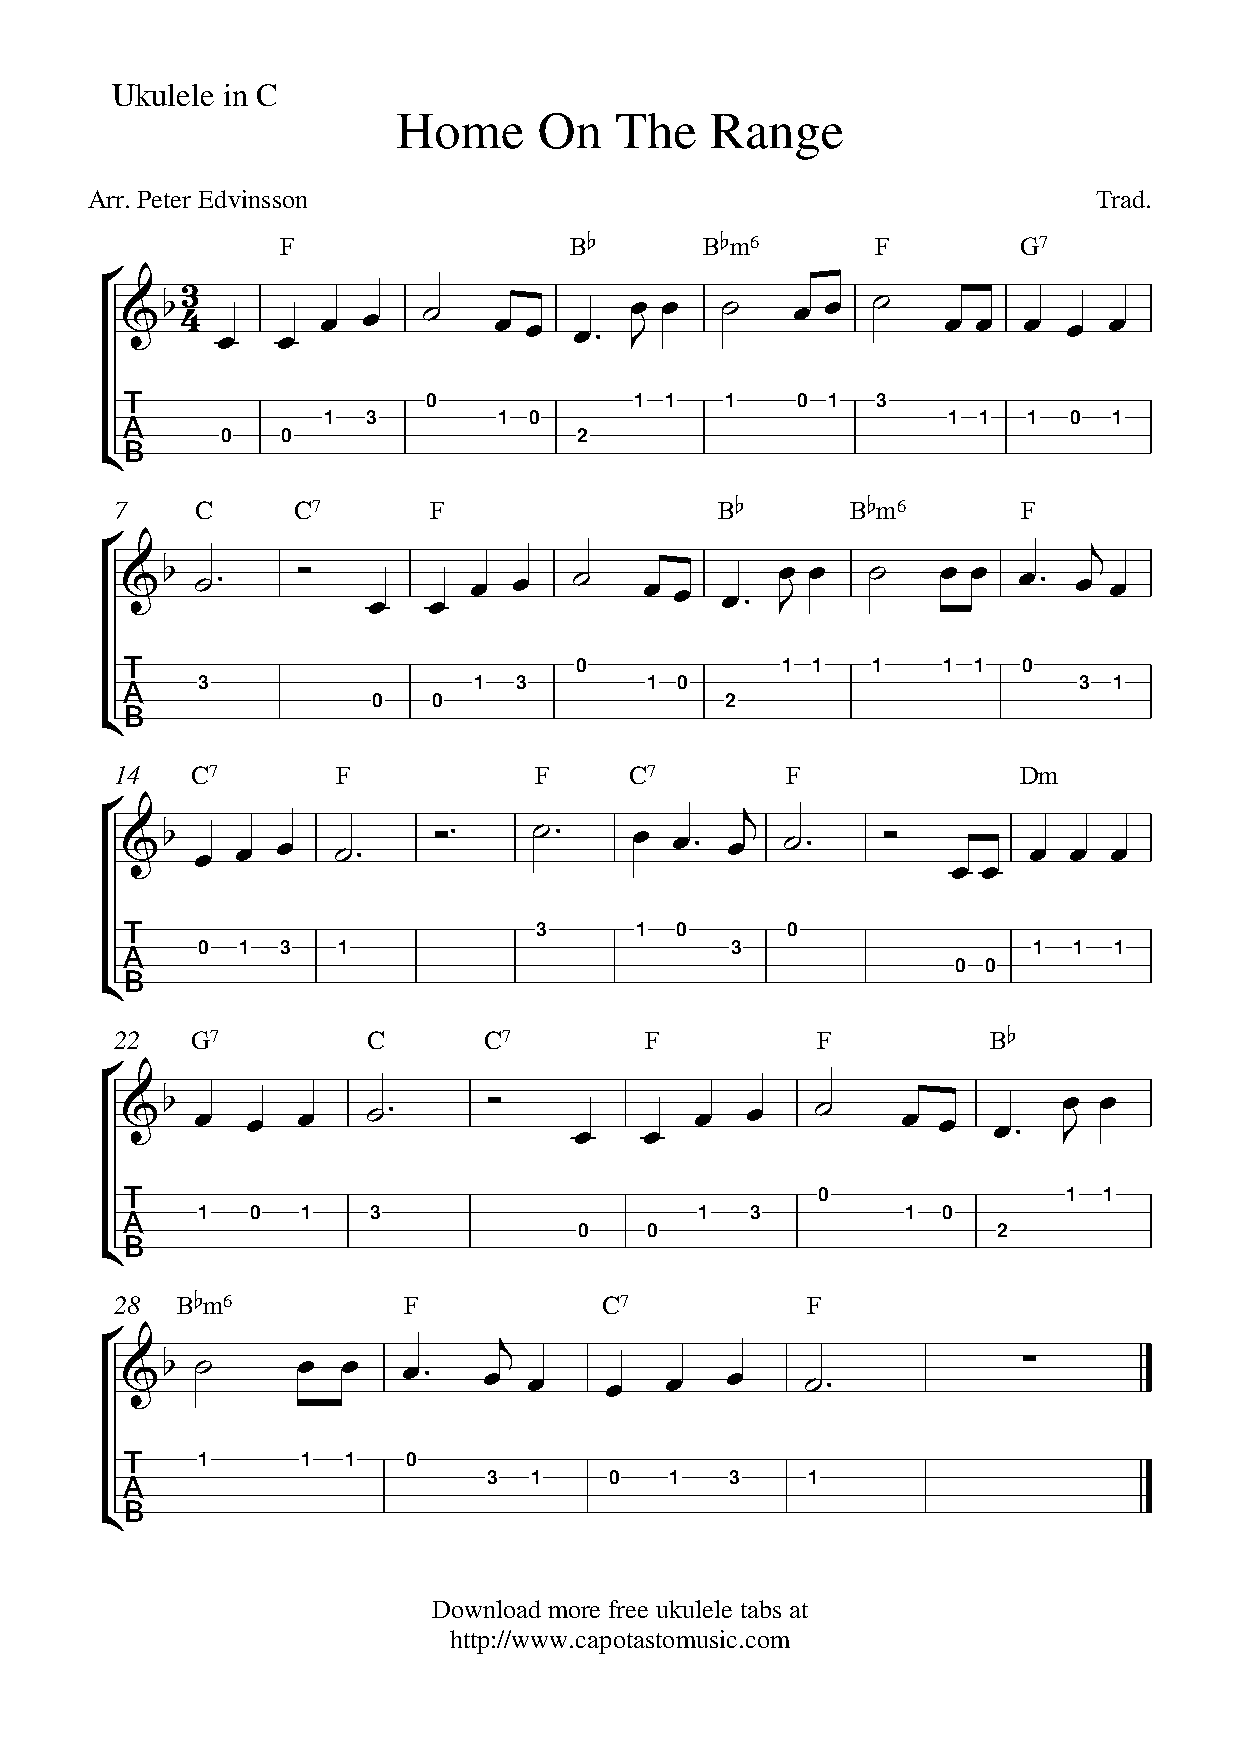
Ukulele in C
 Home      On   The   Range
 Arr. Peter Edvinsson                                               Trad.
 F                  Bb       Bbm6       F        G7
 
                                          
 0             1 1   1    0 1  3
 1  3        1 0                           1 1  1  0  1
        0   0                  2
 
 7    C     C7       F                   Bb      Bbm6        F
 
 
                                           
 0             1 1   1   1 1   0
 3                 1  3        1 0                         3  1
                  0   0                  2
 
 14   C7       F            F      C7        F              Dm
 
                  
                                                 
  
 3     1  0      0
 0  1  3  1                         3                   1  1  1
                                                        0 0
 
 22   G7         C       C7         F          F           Bb
 
                                                
 0                1 1
 1   0  1   3                     1   3         1 0
                               0    0                      2
 
 28  Bbm6           F            C7           F
 
 
                                               
 1      1  1   0
 3  1    0   1   3    1
 
 
 Download more free ukulele tabs at
 http://www.capotastomusic.com